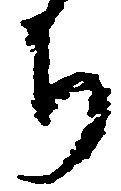
ち